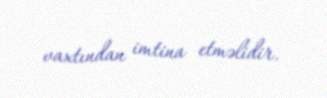
vaxtından imtina etməlidir.